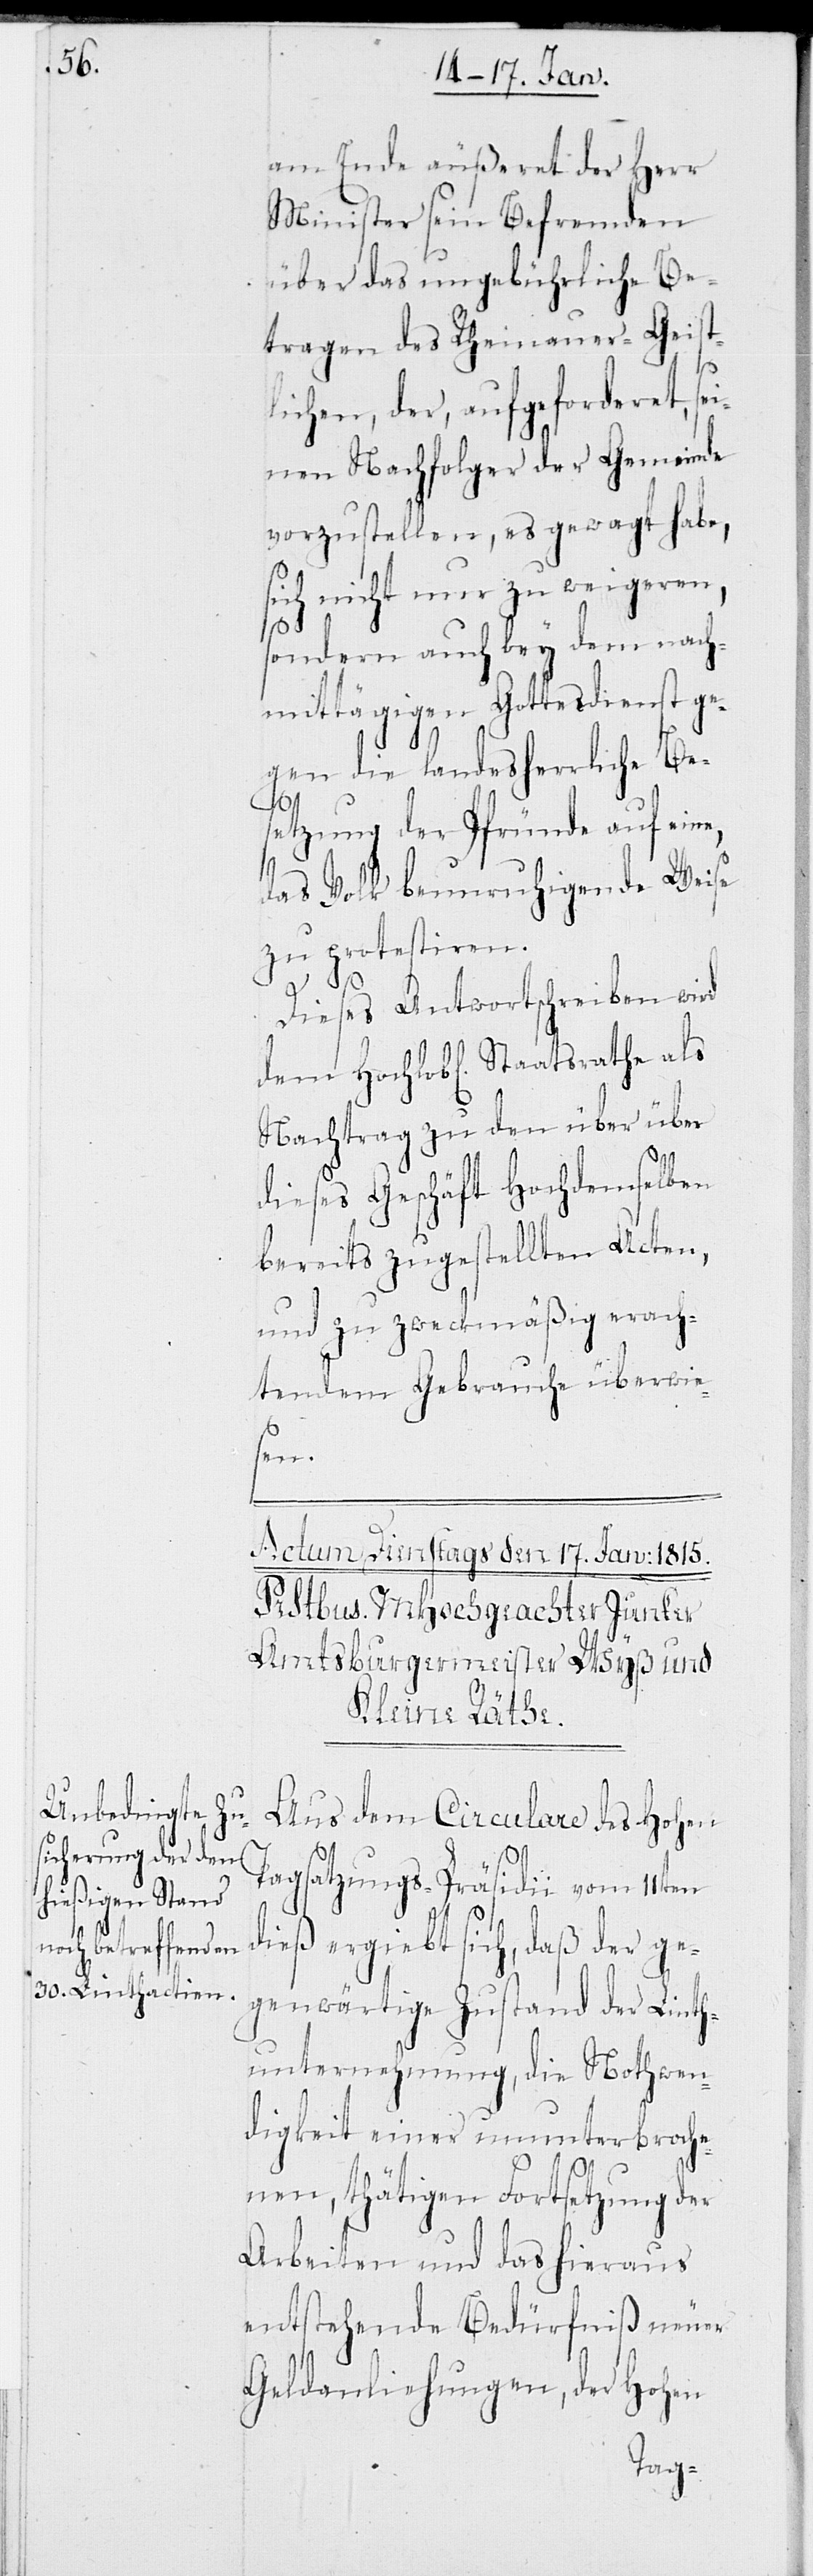
am Ende äußeret der Herr
Minister sein Befremden
über das ungebührliche Be¬
tragen des Rheinauer-Geist¬
lichen, der, aufgeforderet, se¬
inen Nachfolger der Gemeinde
vorzustellen, es gewagt habe,
sich nicht nur zu weigeren,
sondern auch bey dem nach¬
mittägigen Gottesdienst ge¬
gen die landesherrliche Be¬
setzung der Pfründe auf eine,
das Volk beunruhigende Weise
zu protestieren.
Dieses Antwortschreiben wird
Nachtrag zu den über über
dieses Geschäft Hochdemselben
bereits zugestellten Acten,
und zu zweckmäßig erach¬
tendem Gebrauche überwie¬
sen.
Aus dem Circulare des Hohen
Tagsatzungs-Präsidii vom 11ten
dieß ergiebt sich, daß der ge¬
genwärtige Zustand der Linth¬
unternehmung, die Nothwen¬
digkeit einer ununterbroch¬
enen, thätigen Fortsetzung der
Arbeiten und das hieraus
entstehende Bedürfniß neuer
Geldanliehungen, der Hohen